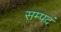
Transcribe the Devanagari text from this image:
सम्पदं